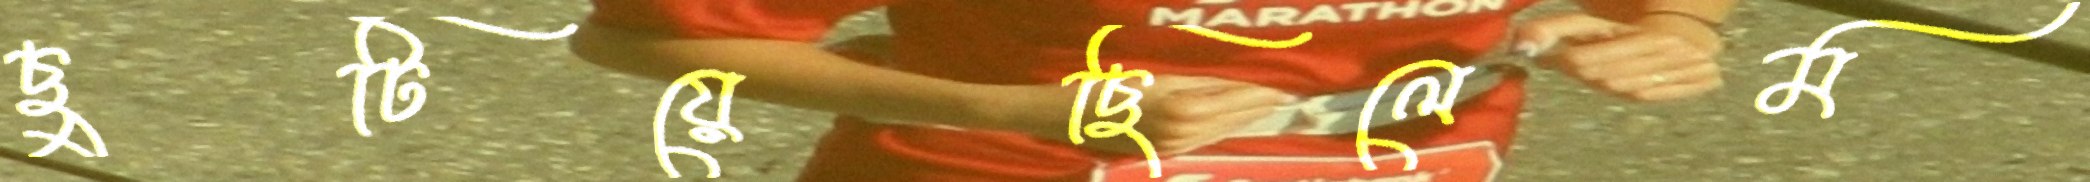
ছুটিয়েছিলেম